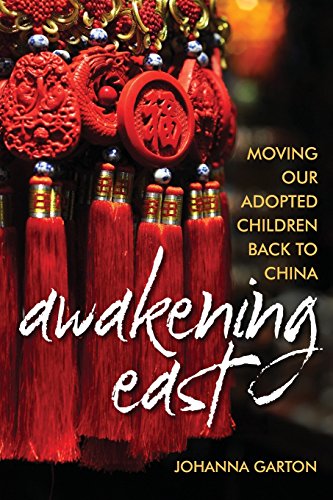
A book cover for Awakening East: Moving our Adopted Children Back to China; Johanna Garton; Biographies & Memoirs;